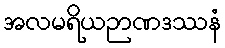
အလမရိယဉာဏဒဿနံ